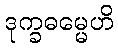
ဒုက္ခဓမ္မေဟိ